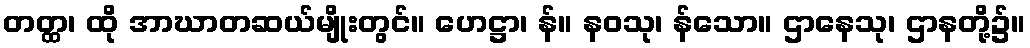
တတ္ထ၊ ထို အာဃာတဆယ်မျိုးတွင်။ ဟေဋ္ဌာ၊ န်။ နဝသု၊ န်သော။ ဌာနေသု၊ ဌာနတို့၌။